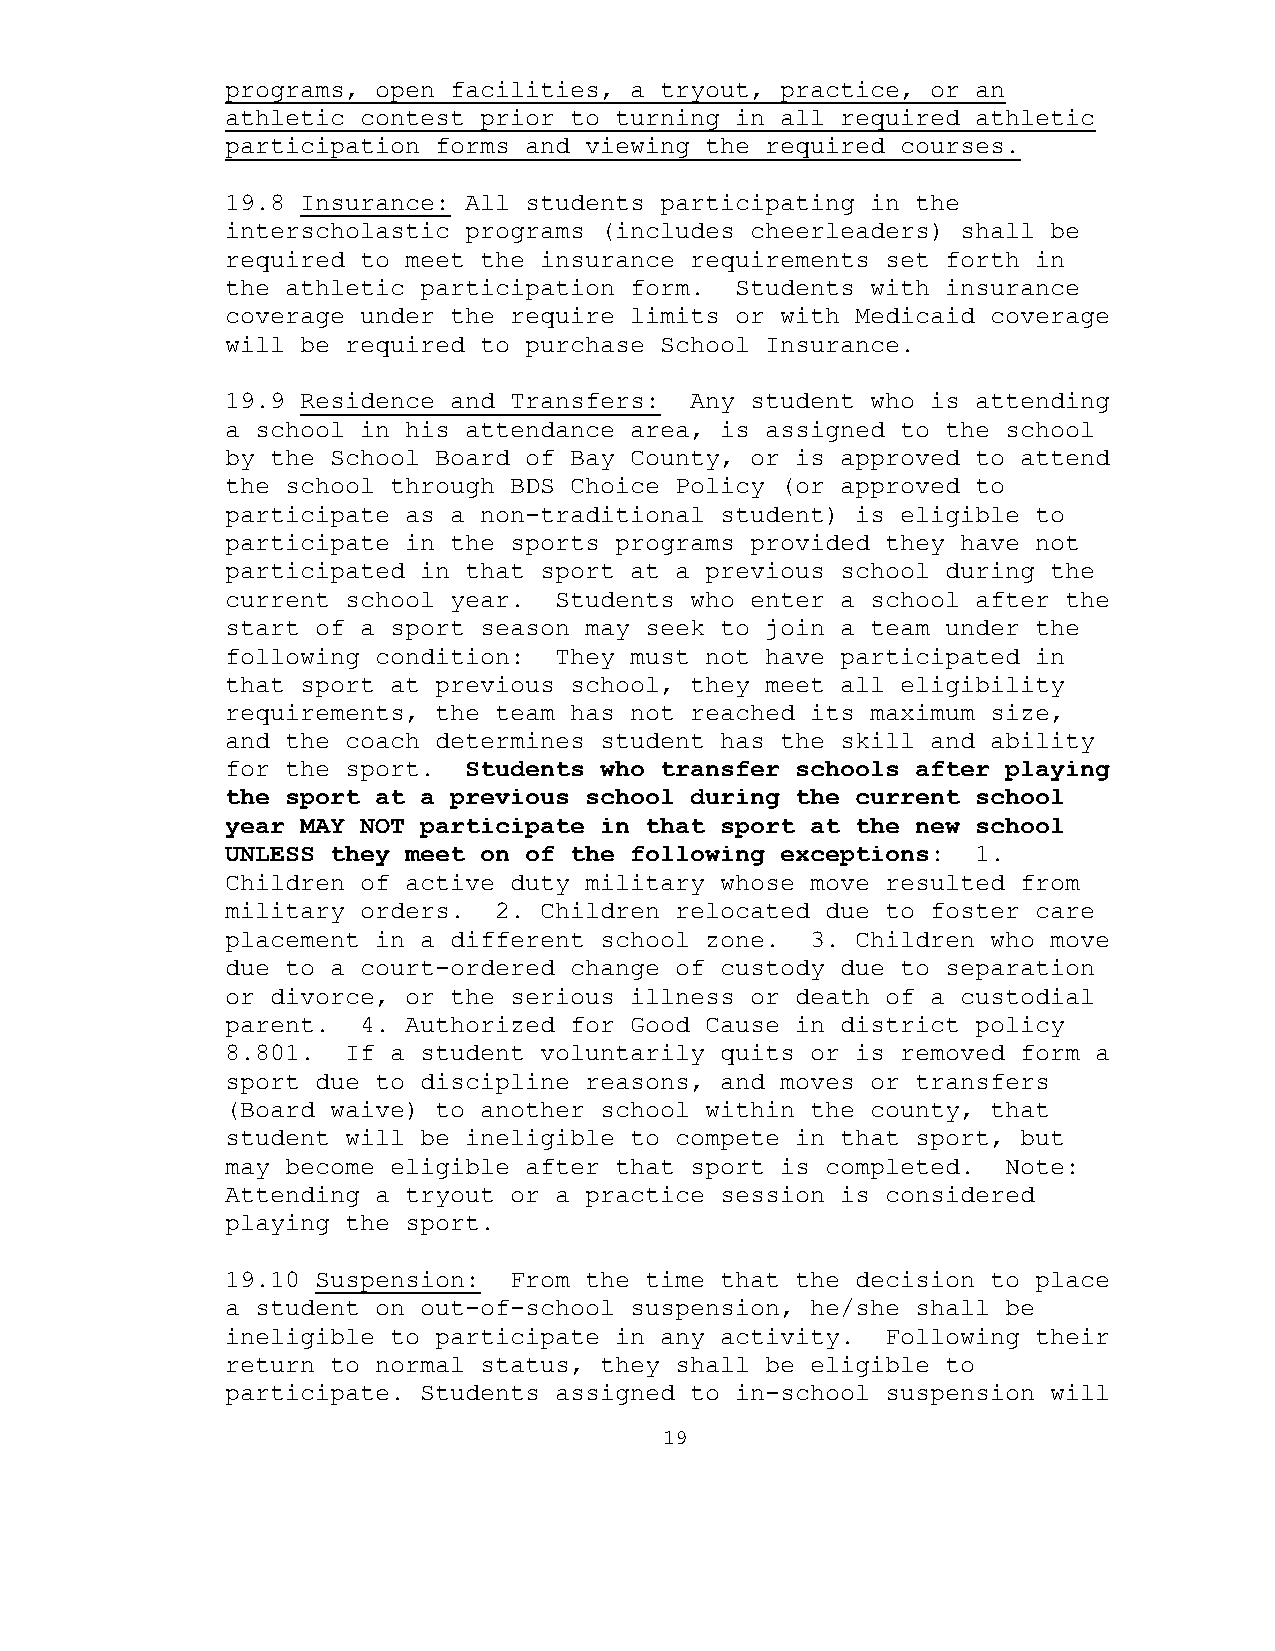
programs, open facilities, a tryout, practice, or an
 athletic contest prior to turning in all required athletic
 participation forms and viewing the required courses.
 19.8 Insurance: All students participating in the
 interscholastic programs (includes cheerleaders) shall be
 required to meet the insurance requirements set forth in
 the athletic participation form.  Students with insurance
 coverage under the require limits or with Medicaid coverage
 will be required to purchase School Insurance.
 19.9 Residence and Transfers:  Any student who is attending
 a school in his attendance area, is assigned to the school
 by the School Board of Bay County, or is approved to attend
 the school through BDS Choice Policy (or approved to
 participate as a non-traditional student) is eligible to
 participate in the sports programs provided they have not
 participated in that sport at a previous school during the
 current school year.  Students who enter a school after the
 start of a sport season may seek to join a team under the
 following condition:  They must not have participated in
 that sport at previous school, they meet all eligibility
 requirements, the team has not reached its maximum size,
 and the coach determines student has the skill and ability
 for the sport.  Students who transfer schools after playing
 the sport at a previous school during the current school
 year MAY NOT participate in that sport at the new school
 UNLESS they meet on of the following exceptions:  1.
 Children of active duty military whose move resulted from
 military orders.  2. Children relocated due to foster care
 placement in a different school zone.  3. Children who move
 due to a court-ordered change of custody due to separation
 or divorce, or the serious illness or death of a custodial
 parent.  4. Authorized for Good Cause in district policy
 8.801.  If a student voluntarily quits or is removed form a
 sport due to discipline reasons, and moves or transfers
 (Board waive) to another school within the county, that
 student will be ineligible to compete in that sport, but
 may become eligible after that sport is completed.  Note:
 Attending a tryout or a practice session is considered
 playing the sport.
 19.10 Suspension:  From the time that the decision to place
 a student on out-of-school suspension, he/she shall be
 ineligible to participate in any activity.  Following their
 return to normal status, they shall be eligible to
 participate. Students assigned to in-school suspension will
 19